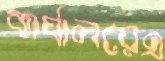
কার্যালয়েএ